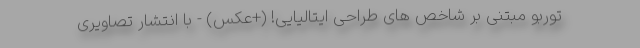
توربو مبتنی بر شاخص های طراحی ایتالیایی! (+عکس) - با انتشار تصاویری